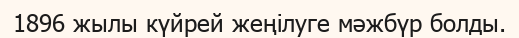
1896 жылы күйрей жеңілуге мәжбүр болды.